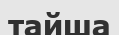
тайша